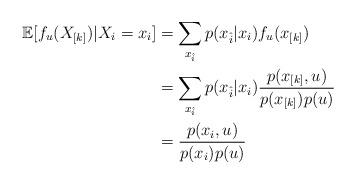
LaTeX: \begin{align*}\mathbb{E}[f_u(X_{[k]})|X_i=x_i]&=\sum_{x_{\hat{i}}}p(x_{\hat{i}}|x_i)f_u(x_{[k]})\\&=\sum_{x_{\hat{i}}}p(x_{\hat{i}}|x_i)\frac{p(x_{[k]},u)}{p(x_{[k]})p(u)}\\&=\frac{p(x_i,u)}{p(x_i)p(u)}\end{align*}